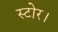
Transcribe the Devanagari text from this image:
स्टोर।